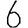
Digit: 6